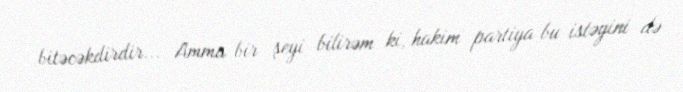
bitəcəkdirdir... Amma bir şeyi bilirəm ki, hakim partiya bu istəyini də